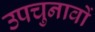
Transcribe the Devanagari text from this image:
उपचुनावों